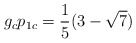
\begin{align*}g_c p_{1c}= \frac{1}{5} ({3 -\sqrt{7}})\end{align*}